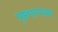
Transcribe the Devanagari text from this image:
पॄष्ठभागाच्या